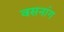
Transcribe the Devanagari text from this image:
वसनांग